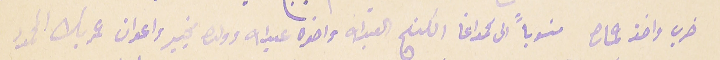
ضرب واخذ حماره منسوباً الى محمد اغا الكنج العبدالله واخوه عبدالله وولده مخيبر واعوان عمر بك المحمود